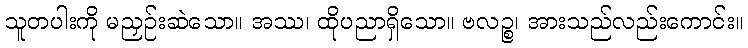
သူတပါးကို မညှဉ်းဆဲသော။ အဿ၊ ထိုပညာရှိသော။ ဗလဉ္စ၊ အားသည်လည်းကောင်း။